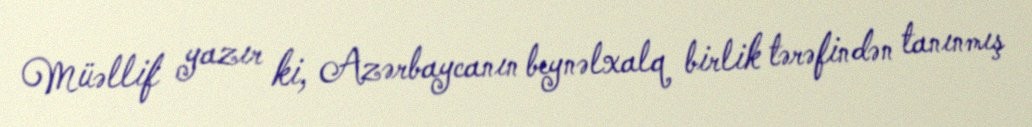
Müəllif yazır ki, Azərbaycanın beynəlxalq birlik tərəfindən tanınmış